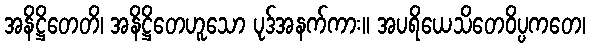
အနိဋ္ဌိတေတိ၊ အနိဋ္ဌိတေဟူသော ပုဒ်အနက်ကား။ အပရိယေသိတေဝိပ္ပကတေ၊